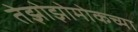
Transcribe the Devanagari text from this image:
तेझोझोमोकच्या